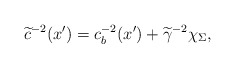
\begin{align*}\widetilde{c}^{-2}(x')=c_b^{-2}(x')+\widetilde{\gamma}^{-2}\chi_{\Sigma},\end{align*}